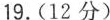
19.(12分)